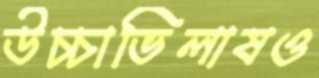
উচ্চাভিলাষও